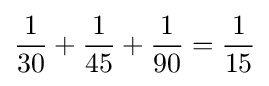
{\frac {1}{30}}+{\frac {1}{45}}+{\frac {1}{90}}={\frac {1}{15}}